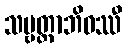
သဗ္ဗတ္ထာဘိဝဿီ